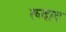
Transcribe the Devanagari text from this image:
रूदाद